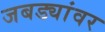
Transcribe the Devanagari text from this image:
जबड्यांवर